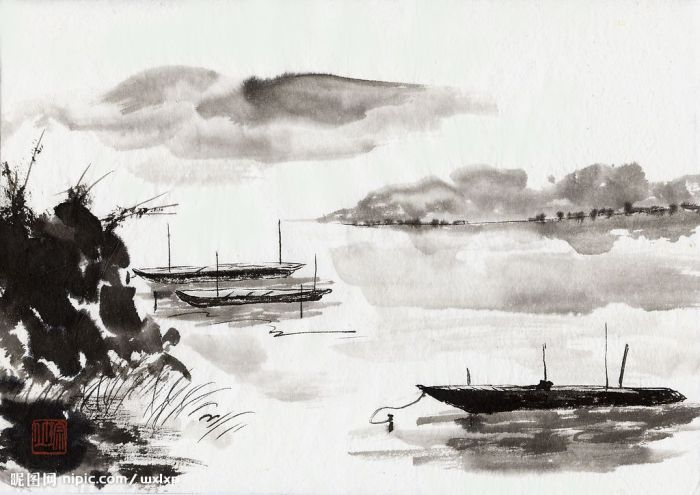
门外垂杨岸侧，画桥谁系兰舟。